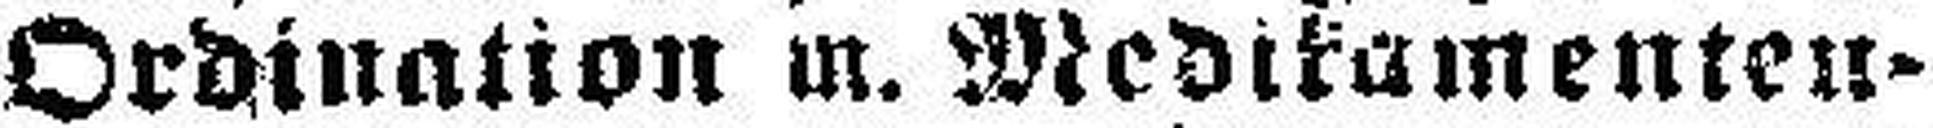
Ordinalion m. Medikamenten¬